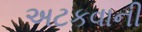
અટકવાની